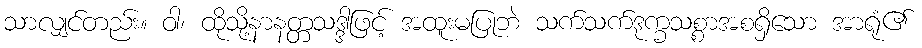
သာလျှင်တည်း။ ဝါ၊ ထိုသို့နာနတ္တသဒ္ဒါဖြင့် အထူးမပြုဘဲ သက်သက်ဒုက္ခသစ္စာအစရှိသော အာရုံ၏